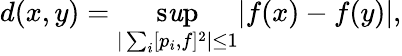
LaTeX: d(x,y)=\operatorname*{s\mathit{u}p}_{|\sum_{i}[p_{i},f]^{2}|\leq1}|f(x)-f(y)|,